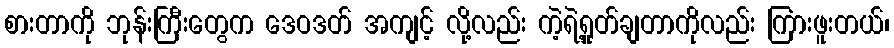
စားတာကို ဘုန်းကြီးတွေက ဒေဝဒတ် အကျင့် လို့လည်း ကဲ့ရဲ့ရှုတ်ချတာကိုလည်း ကြားဖူးတယ်၊